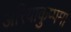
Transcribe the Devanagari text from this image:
अरियाकुप्पम।